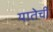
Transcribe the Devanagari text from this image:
यातेची